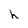
Character: h